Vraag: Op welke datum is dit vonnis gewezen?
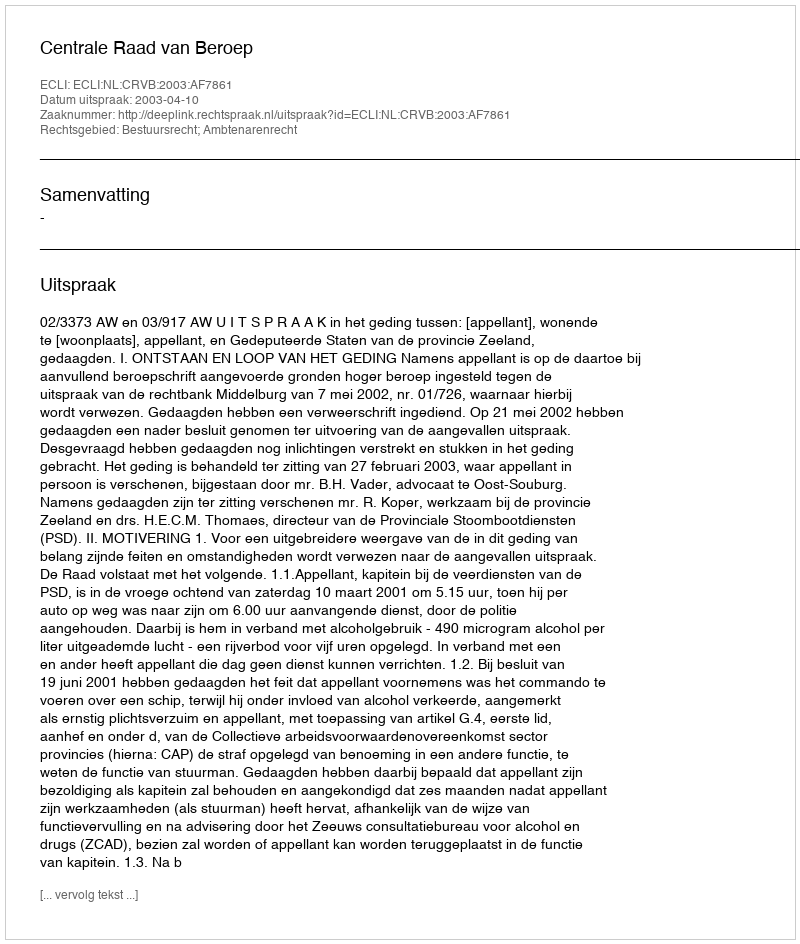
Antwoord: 2003-04-10